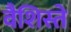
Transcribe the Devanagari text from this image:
वैशिस्ते